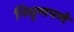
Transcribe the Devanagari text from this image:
निघृणपणे